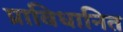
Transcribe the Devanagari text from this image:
प्राविधानित